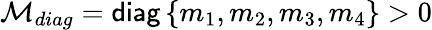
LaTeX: {\cal M}_{diag}={\sf diag}\left\{ m_{1},m_{2},m_{3},m_{4}\right\} >0